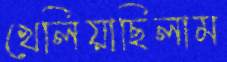
খেলিয়াছিলাম